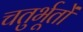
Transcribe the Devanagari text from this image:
चतुर्भूतों